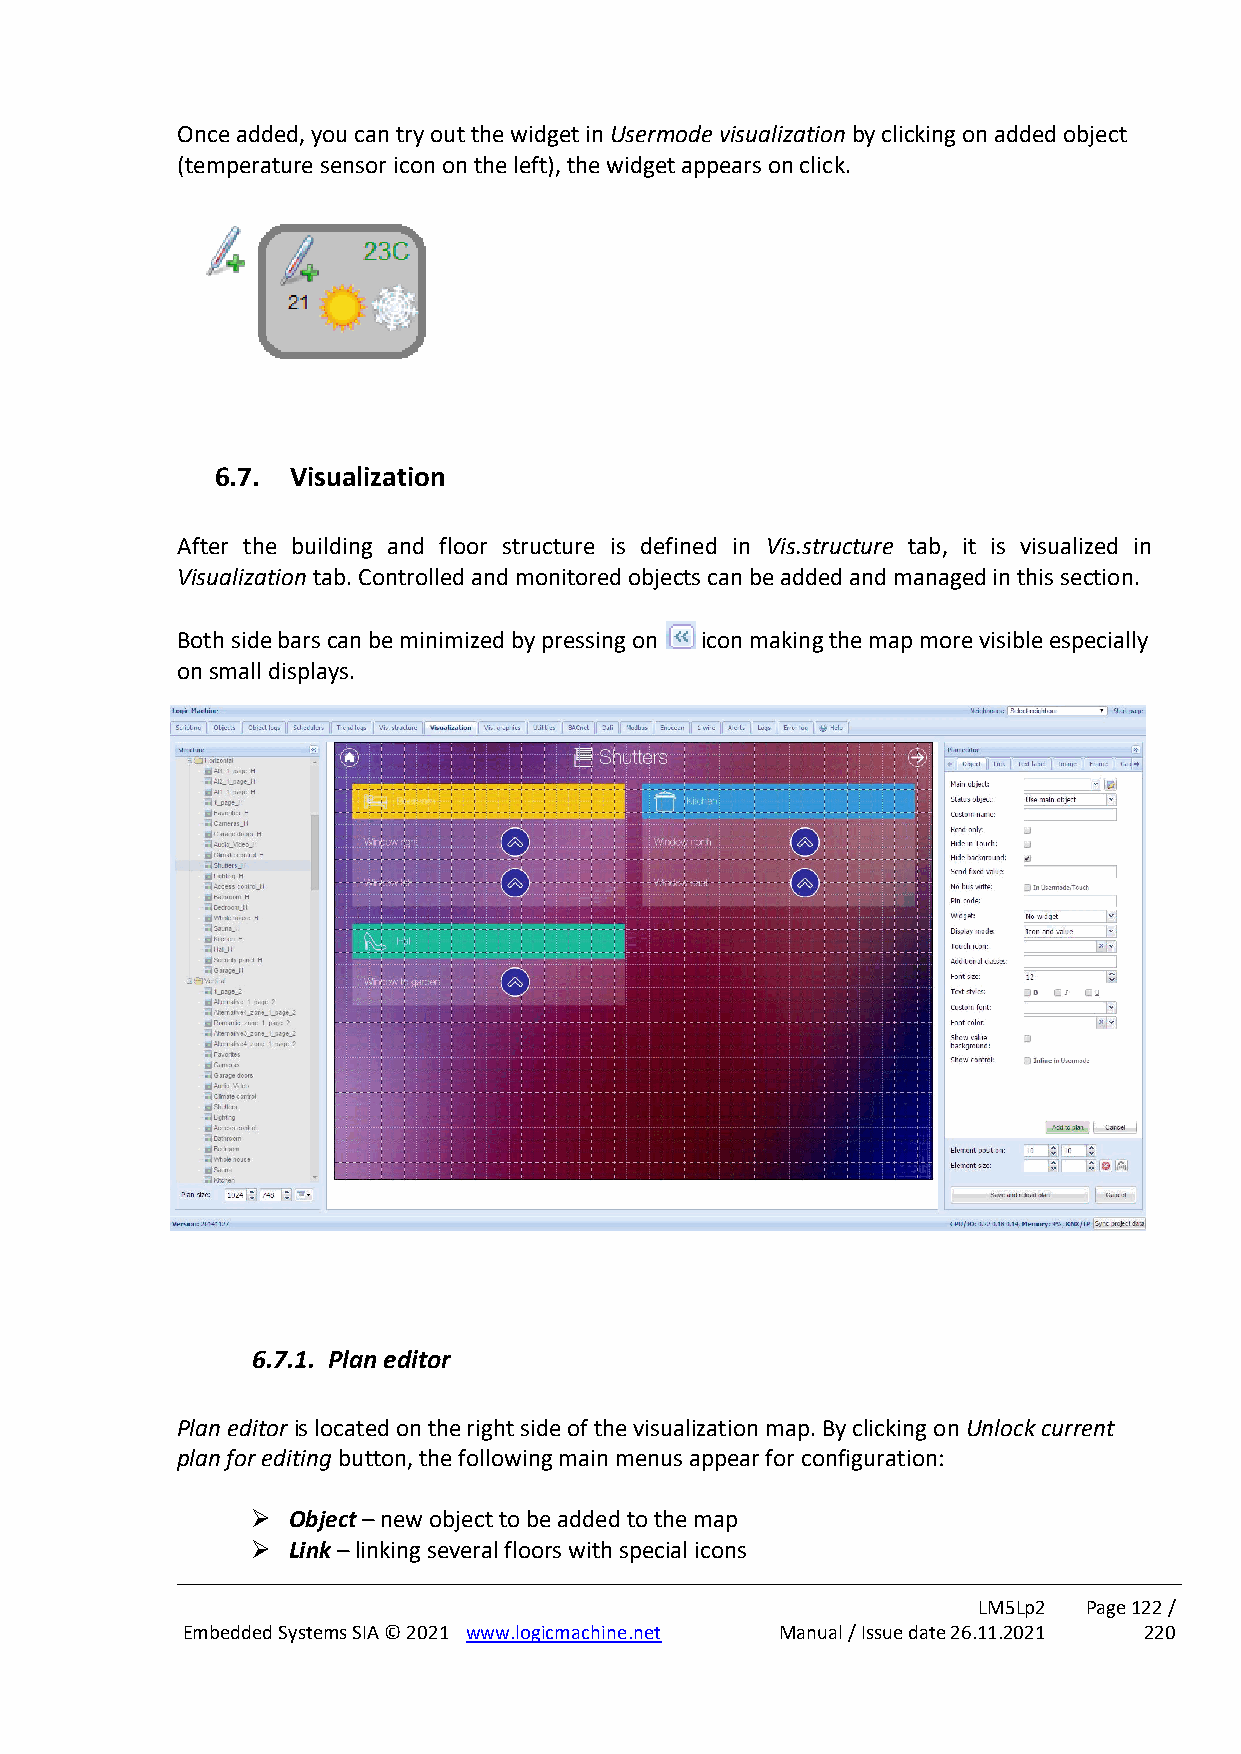
Once added, you can try out the widget in Usermode visualization by clicking on added object
 (temperature sensor icon on the left), the widget appears on click.
 6.7. Visualization
 After the building and floor structure is defined in Vis.structure tab, it is visualized in
 Visualization tab. Controlled and monitored objects can be added and managed in this section.
 Both side bars can be minimized by pressing on icon making the map more visible especially
 on small displays.
 6.7.1. Plan editor
 Plan editor is located on the right side of the visualization map. By clicking on Unlock current
 plan for editing button, the following main menus appear for configuration:
 ➢ Object – new object to be added to the map
 ➢ Link – linking several floors with special icons
 LM5Lp2 Page 122 /
 Embedded Systems SIA © 2021 www.logicmachine.net Manual / Issue date 26.11.2021 220